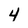
Character: 4